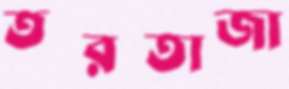
তরতাজা